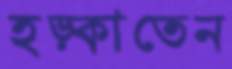
হড়্‌কাতেন